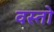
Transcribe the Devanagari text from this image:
वस्तो